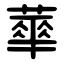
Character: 蕐